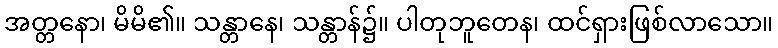
အတ္တနော၊ မိမိ၏။ သန္တာနေ၊ သန္တာန်၌။ ပါတုဘူတေန၊ ထင်ရှားဖြစ်လာသော။